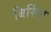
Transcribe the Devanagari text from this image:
बिर्सिए